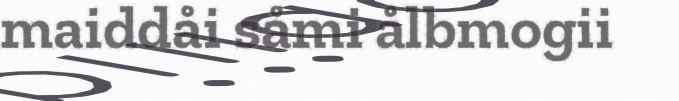
maiddåi såmi ålbmogii